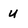
Character: u